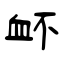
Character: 衃